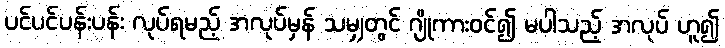
ပင်ပင်ပန်းပန်း လုပ်ရမည့် အလုပ်မှန် သမျှတွင် ဂျိုကားဝင်၍ မပါသည့် အလုပ် ဟူ၍